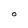
Character: O